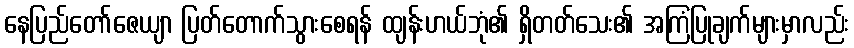
နေပြည်တော်ဇေယျာ ပြတ်တောက်သွားစေရန် ထျန်းဟယ်ဘုံ၏ ရှိတတ်သေး၏ အကြံပြုချက်များမှာလည်း